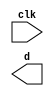
`define BITS 30

module LFSR (input clk, output reg [`BITS-1:0] d);
// Currently set up as a 4 bit psuedo-random register. Change BITS for a different register size.
reg [`BITS-1:0] f;
initial begin
	f <= 4'b1011;
end
always @(posedge clk) begin
    f <= { f[`BITS-2:0], f[`BITS-1] ^ f[`BITS-2] };
end
endmodule